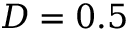
D = 0 . 5